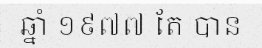
ឆ្នាំ ១៩៧៧ តែ បាន